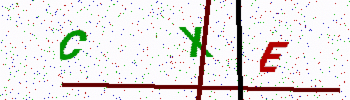
Text: CXE